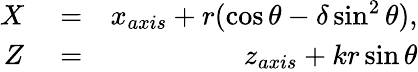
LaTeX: \begin{array}{rlr}{X}&{{}=}&{x_{axis}+r(\cos\theta-\delta\sin^{2}\theta),}\\ {Z}&{{}=}&{z_{axis}+kr\sin\theta}\end{array}